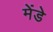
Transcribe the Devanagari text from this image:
मेंडे